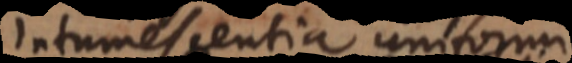
intumescentia uniformi